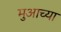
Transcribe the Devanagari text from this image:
मुआच्या